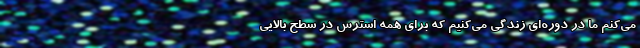
می‌کنم ما در دوره‌ای زندگی می‌کنیم که برای همه استرس در سطح بالایی